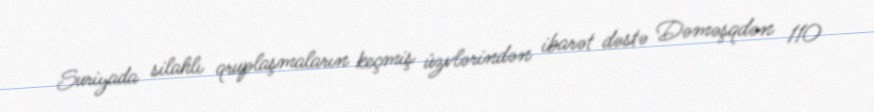
Suriyada silahlı qruplaşmaların keçmiş üzvlərindən ibarət dəstə Dəməşqdən 110